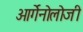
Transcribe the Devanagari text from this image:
ओर्गेनोलोजी